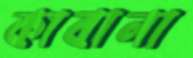
কাবানা